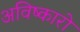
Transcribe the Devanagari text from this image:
अविष्कारो